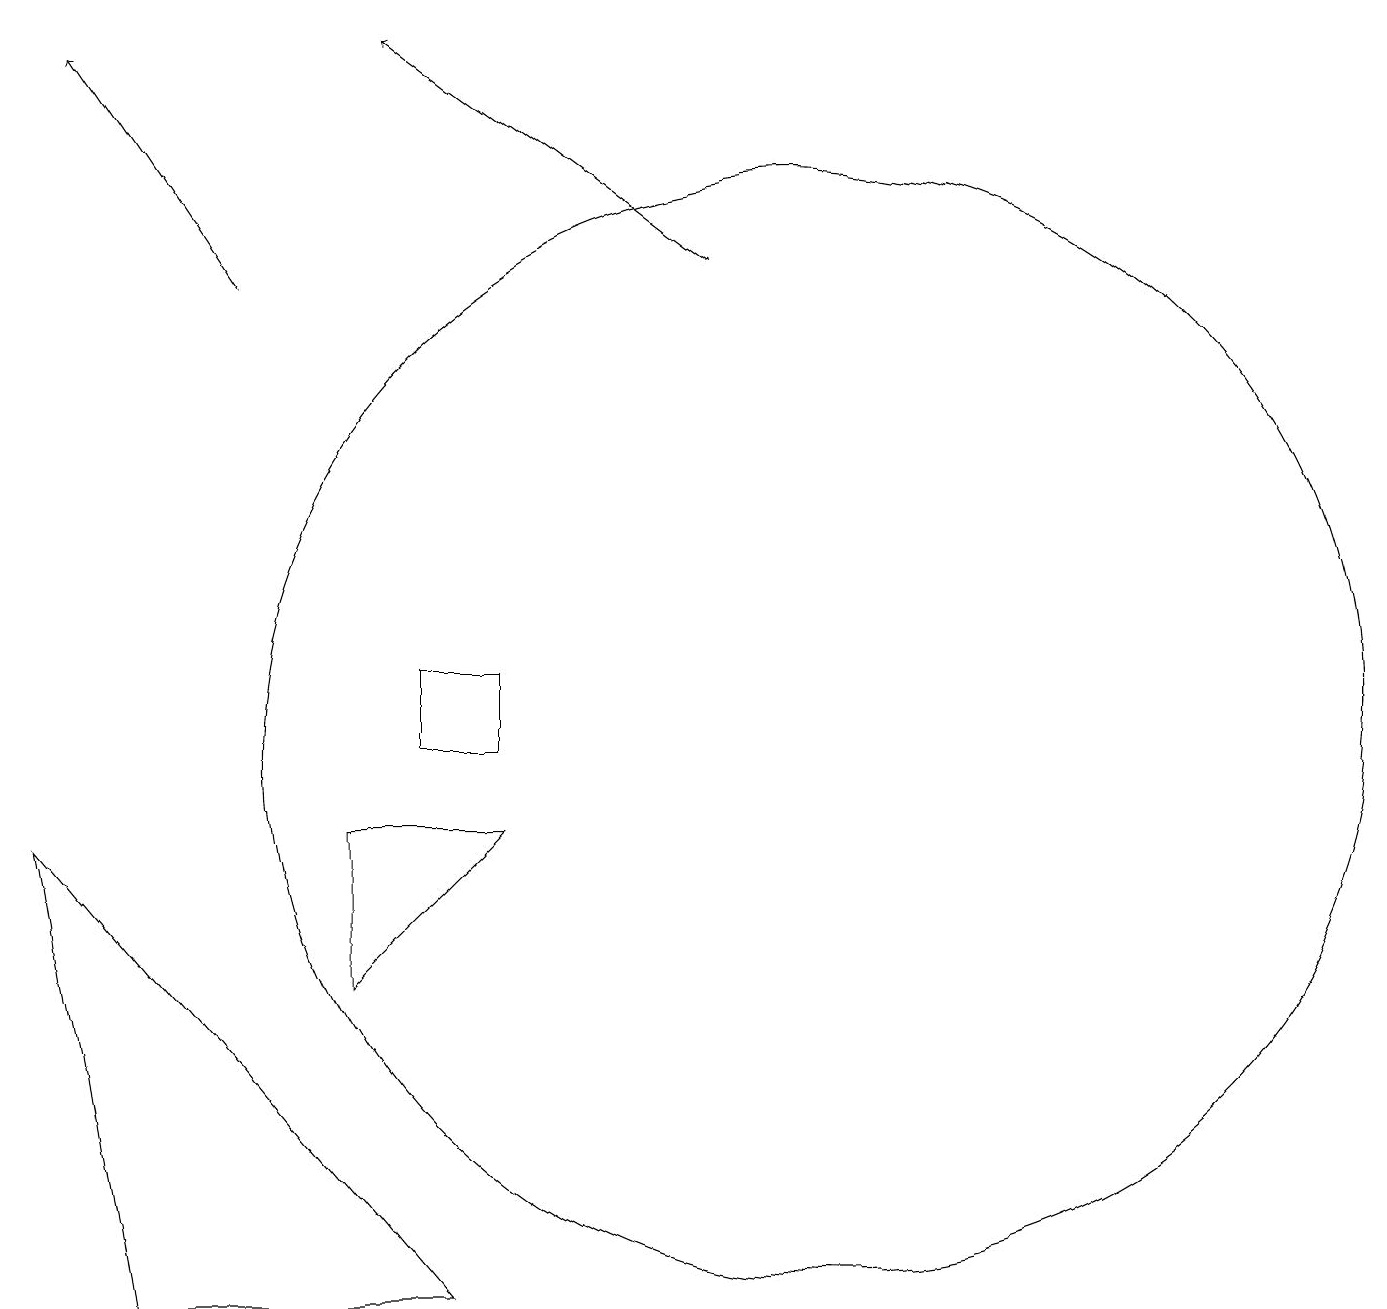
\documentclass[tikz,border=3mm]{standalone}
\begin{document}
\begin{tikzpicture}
\draw (10,10) circle (7);
\draw (5,10) rectangle (6,11);
\draw[->] (3,16) -- (1,19);
\draw[->] (9,16) -- (5,19);
\draw (0,9) -- (5,3) -- (1,3) -- cycle;
\draw (4,7) -- (6,9) -- (4,9) -- cycle;
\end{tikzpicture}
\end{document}